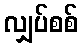
လျှပ်စစ်